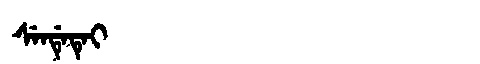
Manchu: ᠰᡝᠨᡩᡝᡨᡝᡳ
Romanization: SENDETEI